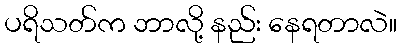
ပရိသတ်က ဘာလို့ နည်း နေရတာလဲ။